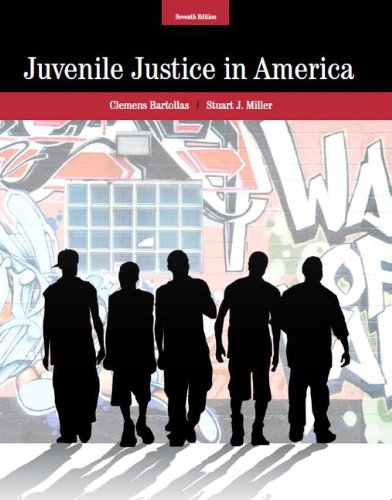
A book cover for Juvenile Justice In America (7th Edition); Clemens Bartollas; Law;